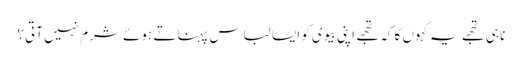
نا ہی تجھے یہ کہوں گا کہ تجھے اپنی بیوی کو ایسا لباس پہناتے ہوئے شرم نہیں آتی؟